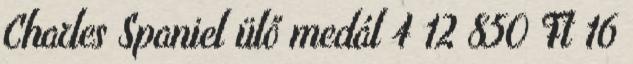
Charles Spaniel ülő medál 4 12 850 Ft 16